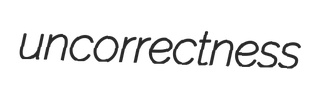
uncorrectness